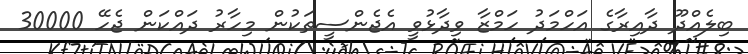
ބިލެއްދޫ ދާއިރާގެ އަހްމަދު ހަމްޒާ ވިދާޅުވީ އެޖެންސީތަކުން މިހާރު ދައްކަން ޖެހޭ 30000